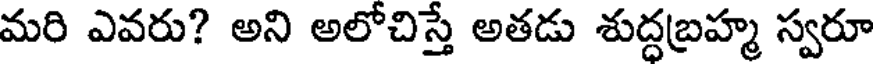
మరి ఎవరు? అని అలోచిస్తే అతడు శుద్దబ్రహ్మ స్వరూ